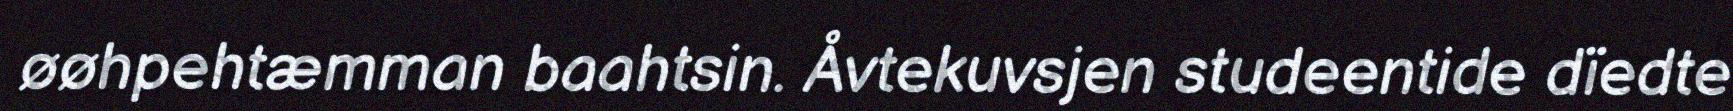
øøhpehtæmman baahtsin. Åvtekuvsjen studeentide dïedte